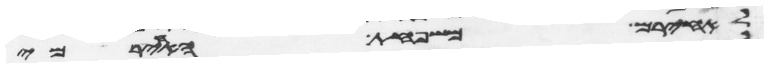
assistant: לאחירם משפחת האחירמי